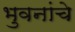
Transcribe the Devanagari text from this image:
भुवनांचे